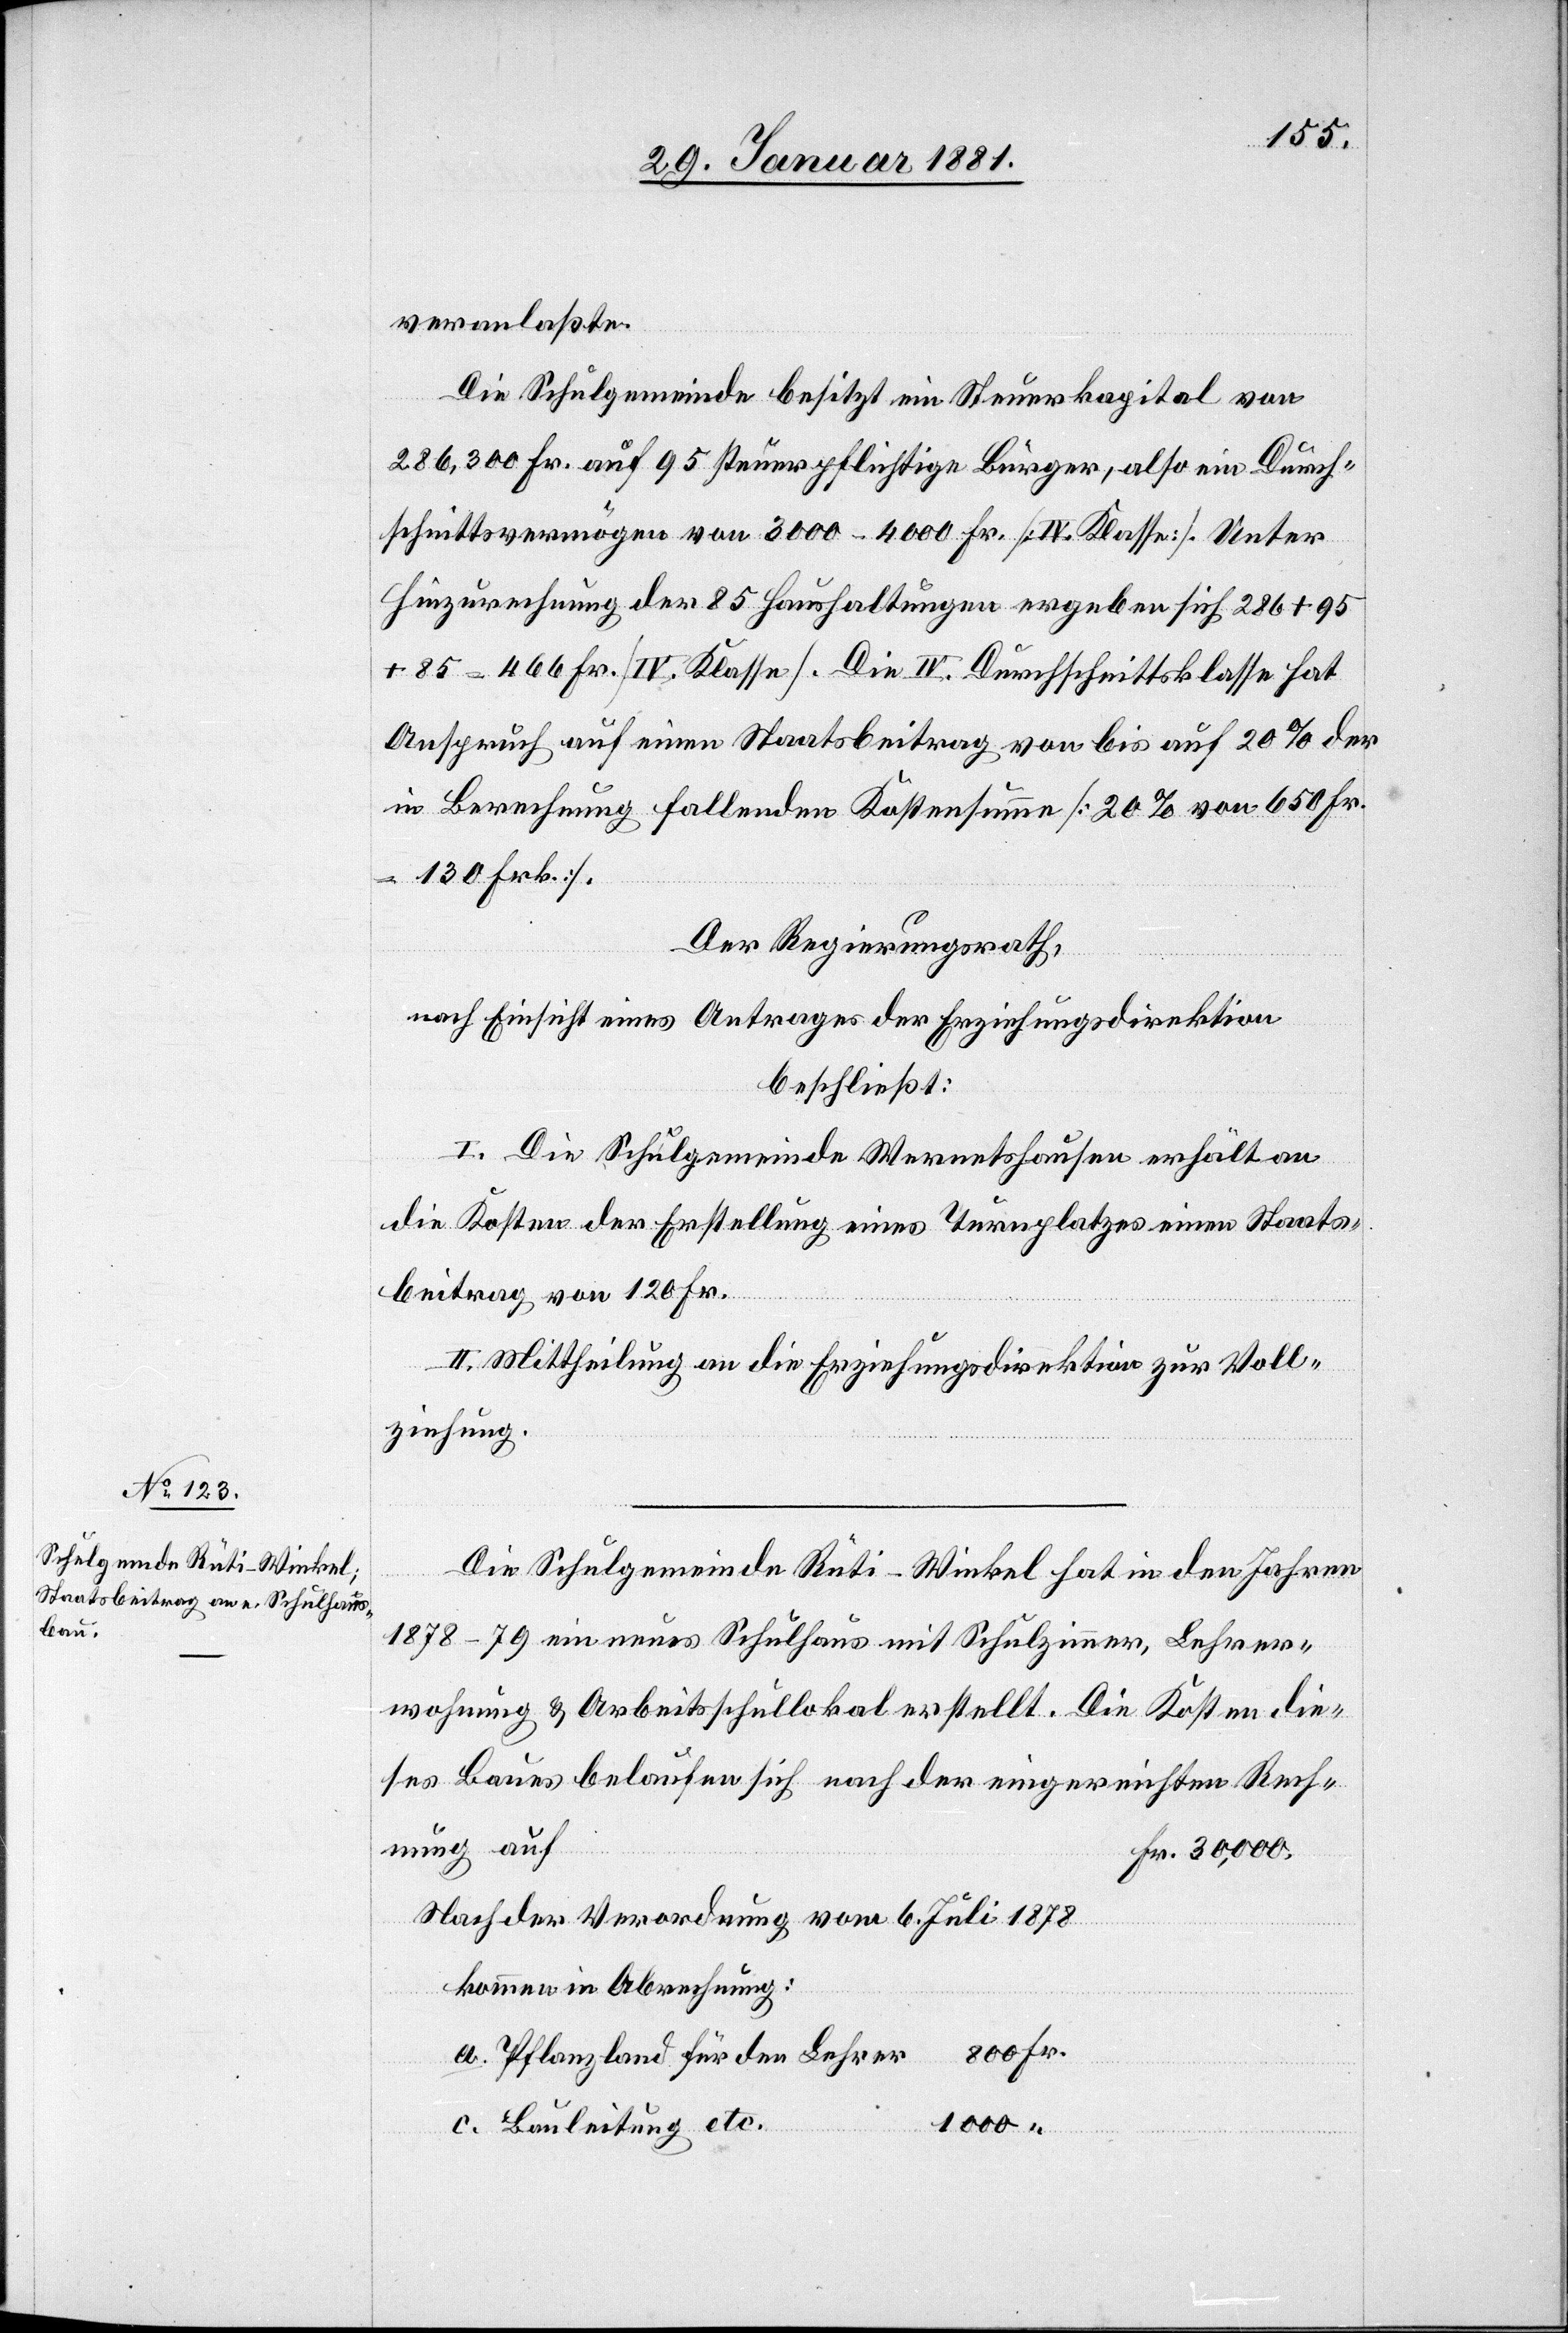
Baues

veranlaßte.
Die Schulgemeinde besitzt ein Steuerkapital von
286,300 Fr. auf 95 steuerpflichtige Bürger, also ein Durch¬
schnittsvermögen von 3000–4000 Fr. [IV Klasse]. Unter
Hinzurechnung der 85 Haushaltungen ergeben sich 286 + 95
+ 85 = 466 Fr. [IV. Klasse]. Die IV. Durchschnittsklasse hat
Anspruch auf einen Staatsbeitrag von bis auf 20% der
in Berechnung fallenden Kostensumme [20% von 650 Fr.
130 Frk.].
Der Regierungsrath,
nach Einsicht eines Antrages der Erziehungsdirektion[,]
beschließt:
I. Die Schulgemeinde Wernetshausen erhält an
die Kosten der Erstellung eines Turnplatzes einen Staats¬
beitrag von 120 Fr.
II. Mittheilung an die Erziehungsdirektion zur Voll¬
ziehung.
Die Schulgemeinde Rüti-Winkel hat in den Jahren
1878–79 ein neues Schulhaus mit Schulzimmer, Lehrer¬
wohnung & Arbeitsschullokal erstellt. Die Kosten die¬
nung auf
c.
Fr. 30,000
Nach der Verordnung vom 6. Juli 1878
kommen in Abrechnung:
Pflanzland für den Lehrer
1000
Bauleitung etc.